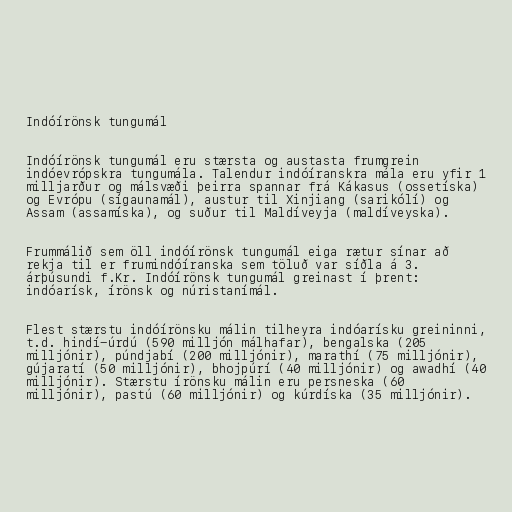
Indóírönsk tungumál

Indóírönsk tungumál eru stærsta og austasta frumgrein
indóevrópskra tungumála. Talendur indóíranskra mála eru yfir 1
milljarður og málsvæði þeirra spannar frá Kákasus (ossetíska)
og Evrópu (sígaunamál), austur til Xinjiang (sarikólí) og
Assam (assamíska), og suður til Maldíveyja (maldíveyska).

Frummálið sem öll indóírönsk tungumál eiga rætur sínar að
rekja til er frumindóíranska sem töluð var síðla á 3.
árþúsundi f.Kr. Indóírönsk tungumál greinast í þrent:
indóarísk, írönsk og núristanímál.

Flest stærstu indóírönsku málin tilheyra indóarísku greininni,
t.d. hindí-úrdú (590 milljón málhafar), bengalska (205
milljónir), púndjabí (200 milljónir), marathí (75 milljónir),
gújaratí (50 milljónir), bhojpúrí (40 milljónir) og awadhí (40
milljónir). Stærstu írönsku málin eru persneska (60
milljónir), pastú (60 milljónir) og kúrdíska (35 milljónir).